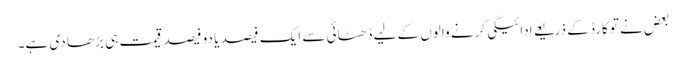
بعض نے تو کارڈ کے ذریعے ادائیگی کرنے والوں کے لیے ڈھٹائی سے ایک فیصد یا دو فیصد قیمت ہی بڑھا دی ہے۔